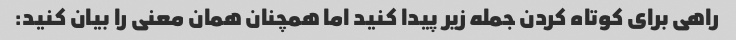
راهی برای کوتاه کردن جمله زیر پیدا کنید اما همچنان همان معنی را بیان کنید: